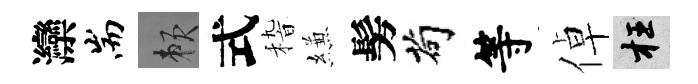
灤耑賴式𥟵縑髣茍等倬枉